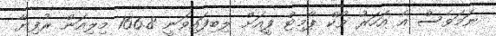
ނަމަވެސް އެ އަހަރު ވޯކް ޕާމިޓް ފީއަށް ލިބިފައިވަނީ 166.8 މިލިއަން ރުފިޔާ